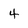
Character: 4